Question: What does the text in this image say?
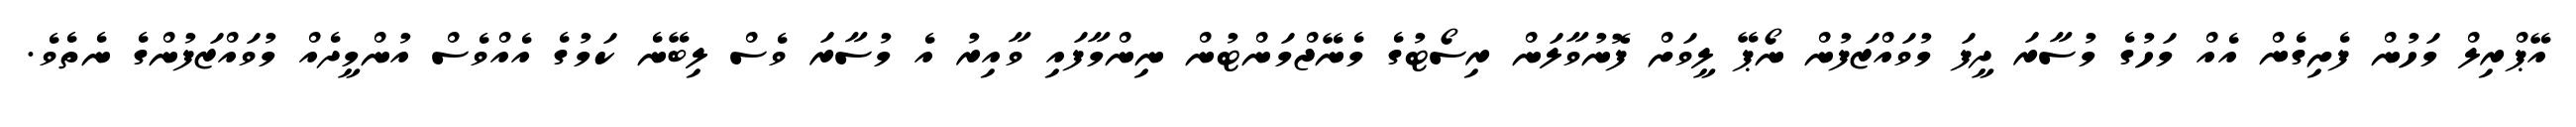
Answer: އޭޕްރިލް މަހުން ފެށިގެން އެއް މަހުގެ މުސާރަ ދީފަ މުވައްޒަފުން ނޯޕޭ ލީވަށް ފޮނުވާލަން ރިސޯޓުގެ މެނޭޖްމަންޓުން ނިންމާފައި ވާއިރު އެ މުސާރަ ވެސް ލިބޭނެ ކަމުގެ އެއްވެސް އުންމީދެއް މުވައްޒަފުންގެ ނެތެވެ.